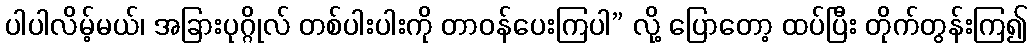
ပါပါလိမ့်မယ်၊ အခြားပုဂ္ဂိုလ် တစ်ပါးပါးကို တာဝန်ပေးကြပါ” လို့ ပြောတော့ ထပ်ပြီး တိုက်တွန်းကြ၍